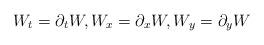
LaTeX: \begin{align*}W_t=\partial_t W, W_x=\partial_x W, W_y=\partial_y W\end{align*}